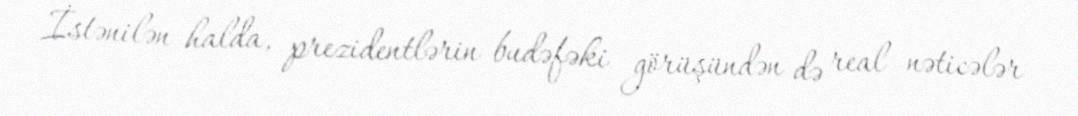
İstənilən halda, prezidentlərin budəfəki görüşündən də real nəticələr